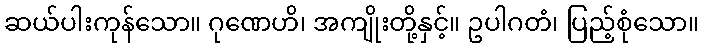
ဆယ်ပါးကုန်သော။ ဂုဏေဟိ၊ အကျိုးတို့နှင့်။ ဥပါဂတံ၊ ပြည့်စုံသော။